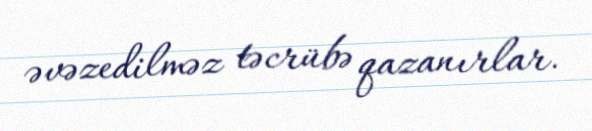
əvəzedilməz təcrübə qazanırlar.